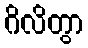
ဂိလိတွာ